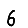
Digit: 6